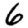
Digit: 6